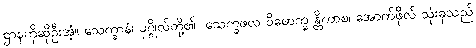
ဌာနကိုဆိုဦးအံ့။ သေက္ခာနံ၊ ပုဂ္ဂိုလ်တို့၏။ သေက္ခဖလ ဝိမောက္ခ န္တိကာစ၊ အောက်ဖိုလ် သုံးခုသည်